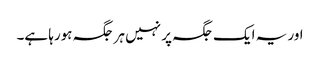
اور یہ ایک جگہ پر نہیں ہر جگہ ہورہا ہے۔